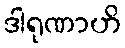
ဒါရုဏာဟိ